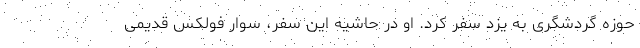
حوزه گردشگری به یزد سفر کرد. او در حاشیه این سفر، سوار فولکس قدیمی